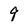
Character: 9